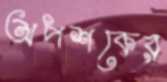
অপশকের